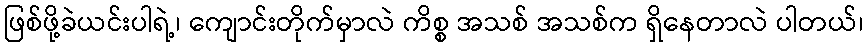
ဖြစ်ဖို့ခဲယင်းပါရဲ့၊ ကျောင်းတိုက်မှာလဲ ကိစ္စ အသစ် အသစ်က ရှိနေတာလဲ ပါတယ်၊